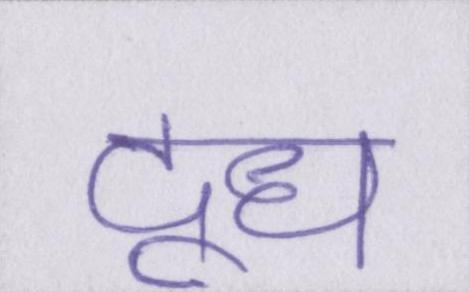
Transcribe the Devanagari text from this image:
दूध